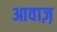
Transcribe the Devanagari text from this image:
आवाज़़